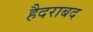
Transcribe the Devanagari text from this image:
हैदराबद